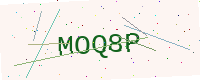
Text: MOQ8P